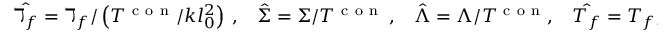
\hat { \daleth _ { f } } = \daleth _ { f } / \left( T ^ { \mathrm { ~ c ~ o ~ n ~ } } / k l _ { 0 } ^ { 2 } \right) ~ , ~ ~ ~ ~ \hat { \Sigma } = \Sigma / T ^ { \mathrm { ~ c ~ o ~ n ~ } } ~ , ~ ~ ~ ~ \hat { \Lambda } = \Lambda / T ^ { \mathrm { ~ c ~ o ~ n ~ } } , ~ ~ ~ ~ \hat { T _ { f } } = T _ { f } / T ^ { \mathrm { ~ c ~ o ~ n ~ } } ,